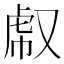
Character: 𧆤